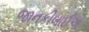
જાનકીબાઈએ